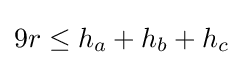
9r\leq h_{a}+h_{b}+h_{c}